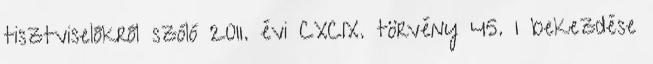
tisztviselőkről szóló 2011. évi CXCIX. törvény 45. 1 bekezdése